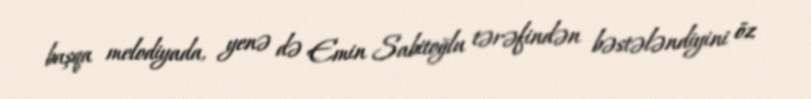
başqa melodiyada, yenə də Emin Sabitoğlu tərəfindən bəstələndiyini öz